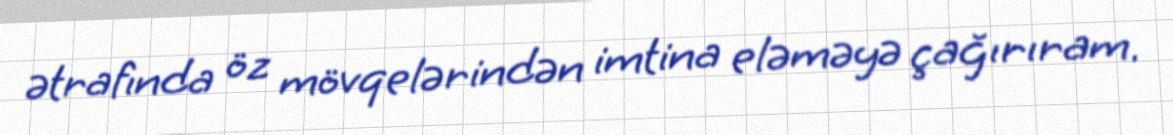
ətrafında öz mövqelərindən imtina eləməyə çağırıram.